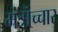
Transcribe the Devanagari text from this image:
मंत्रॊच्चार